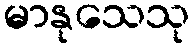
မာနုသေသု